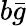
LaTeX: b{\bar{g}}